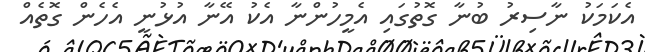
އެކަމަކު ނާސިރު ބުނާ ގޮތުގައި އެމީހުންނާ އެކު އޭނާ އުޅުނީ އެހެން ގޮތެއް